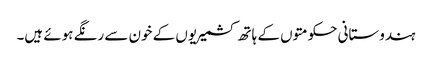
ہندوستانی حکومتوں کے ہاتھ کشمیریوں کے خون سے رنگے ہوئے ہیں۔